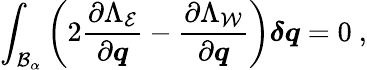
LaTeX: \int_{\mathcal{B}_{\alpha}}\left(2\frac{\partial\Lambda_{\mathcal{E}}}{\partial\boldsymbol{q}}-\frac{\partial\Lambda_{\mathcal{W}}}{\partial\boldsymbol{q}}\right)\boldsymbol{\delta q}=0\ ,